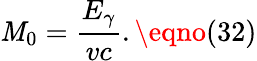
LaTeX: \mathit{M}_{0}=\frac{{E_{\gamma}}}{{vc}}.\eqno(32)